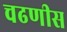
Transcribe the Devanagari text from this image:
चढणीस